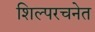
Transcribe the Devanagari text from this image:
शिल्परचनेत